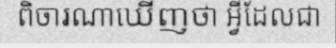
ពិចារណាឃើញថា អ្វីដែលជា